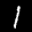
Label: 1